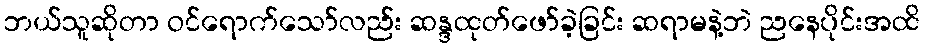
ဘယ်သူဆိုတာ ဝင်ရောက်သော်လည်း ဆန္ဒထုတ်ဖော်ခဲ့ခြင်း ဆရာမနဲ့ဘဲ ညနေပိုင်းအထိ